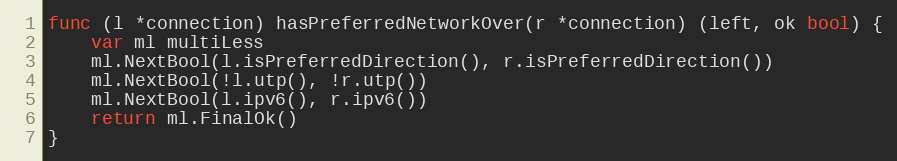
Language: Go
func (l *connection) hasPreferredNetworkOver(r *connection) (left, ok bool) {
	var ml multiLess
	ml.NextBool(l.isPreferredDirection(), r.isPreferredDirection())
	ml.NextBool(!l.utp(), !r.utp())
	ml.NextBool(l.ipv6(), r.ipv6())
	return ml.FinalOk()
}